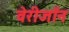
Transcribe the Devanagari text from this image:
वेरीजॉन